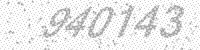
Solution: 940143